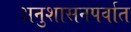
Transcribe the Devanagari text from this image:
अनुशासनपर्वात